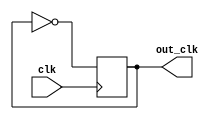
`timescale 1ns / 1ps
// Divisor utilizado para poder trabajar a una seal de reloj de 25MHz, el divisor solo convierte de 100 a 50MHz, xq en el mdulo del VGA 
//ya se encuentra otro divisor, que convierte de 50 a 25MHz
module clk_div(clk ,out_clk);
output reg out_clk;
input clk ;


always @(posedge clk)
	begin
      out_clk <= ~out_clk;	
	end
	
endmodule